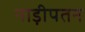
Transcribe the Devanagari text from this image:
नाड़ीपतन